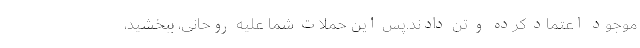
موجود اعتماد کرده و تن دادند.پس این حملات شما علیه روحانی، ببخشید،